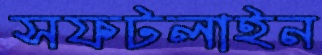
সফটলাইন